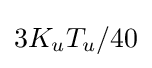
3{K_{u}}{T_{u}}/40